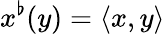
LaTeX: x^{\flat}(y)=\langle x,y\rangle